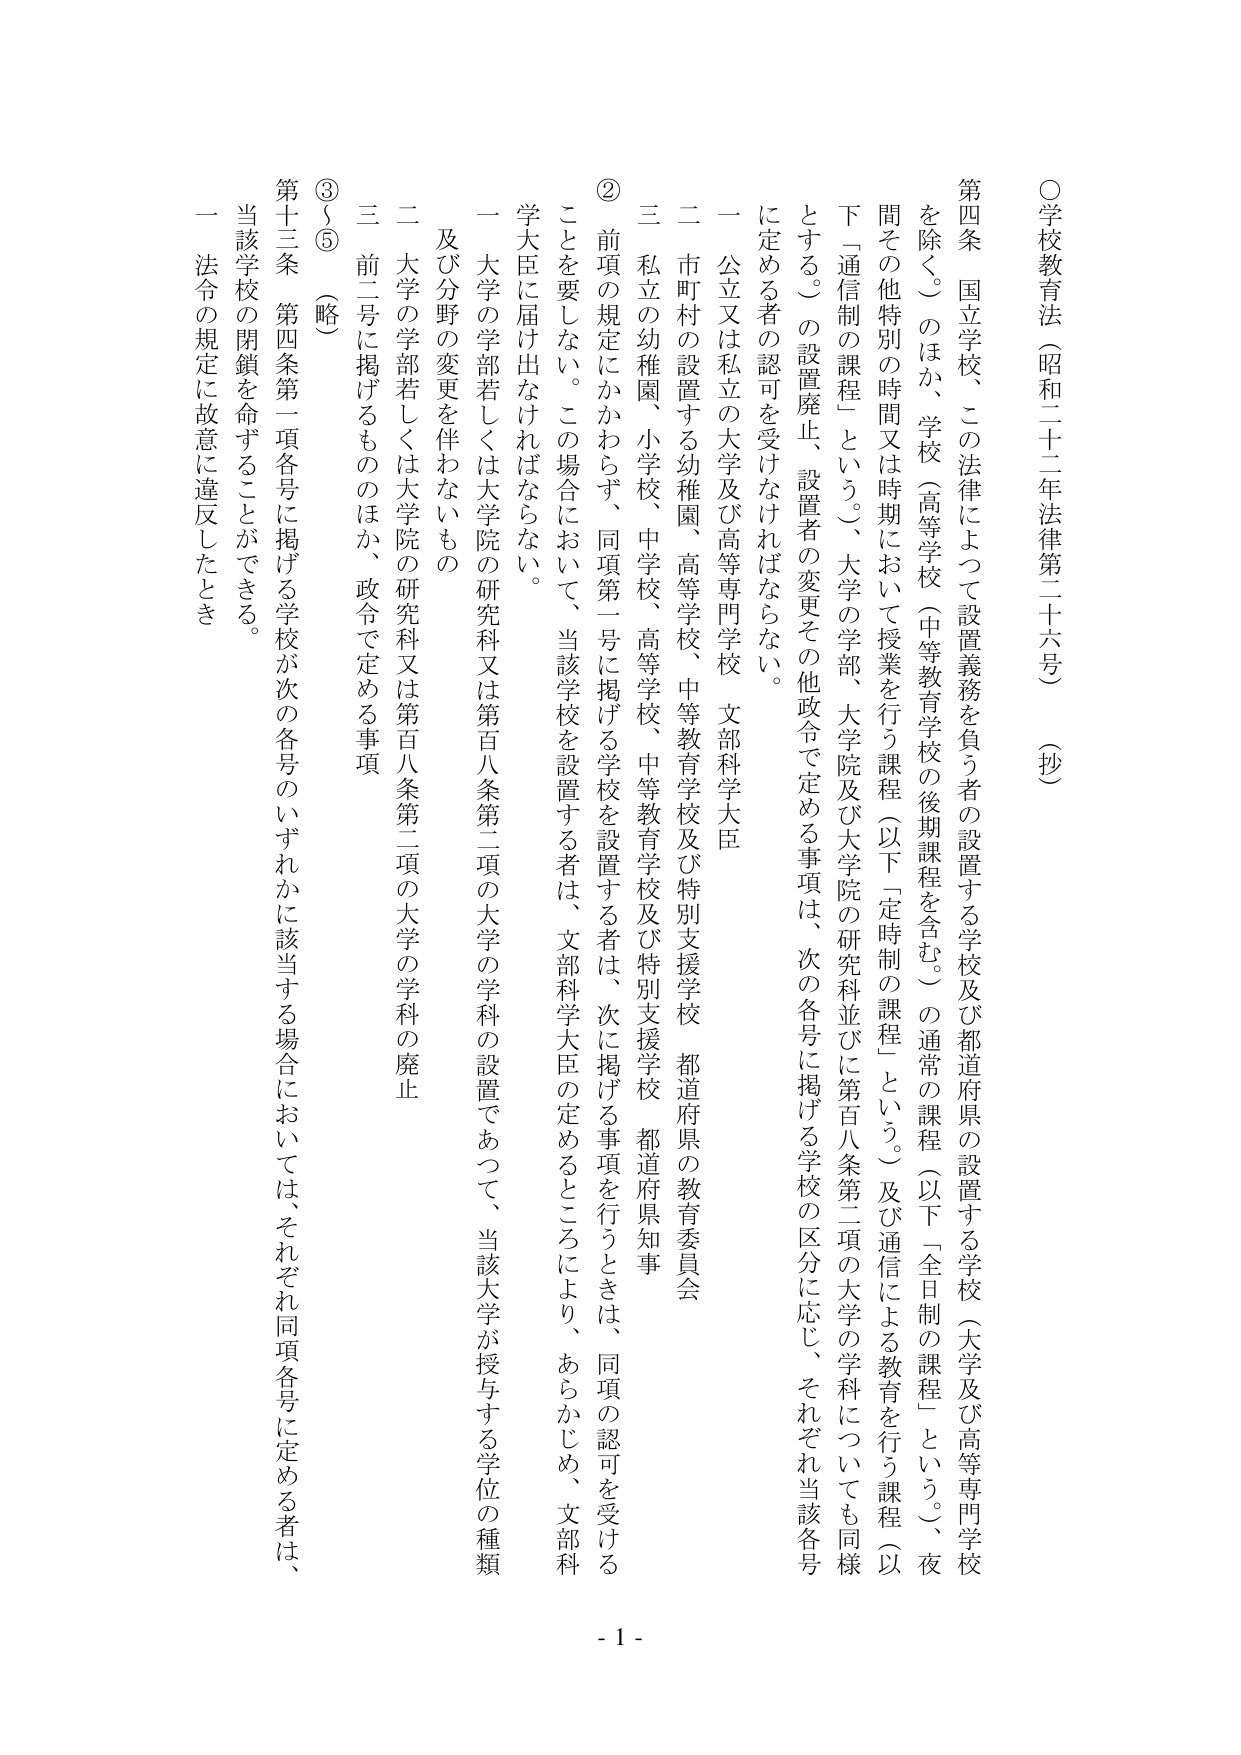
○学校教育法（昭和二十二年法律第二十六号）（抄）

第四条　国立学校、この法律によって設置義務を負う者の設置する学校及び都道府県の設置する学校（大学及び高等専門学校を除く。）のほか、学校（高等学校（中等教育学校の後期課程を含む。）の通常の課程（以下「全日制の課程」という。）、夜間その他特別の時間又は時期において授業を行う課程（以下「定時制の課程」という。）及び通信による教育を行う課程（以下「通信制の課程」という。）、大学の学部、大学院及び大学院の研究科並びに第百八条第二項の大学の学科についても同様とする。）の設置廃止、設置者の変更その他政令で定める事項は、次の各号に掲げる学校の区分に応じ、それぞれ当該各号に定める者の認可を受けなければならない。

一　公立又は私立の大学及び高等専門学校　文部科学大臣

二　市町村の設置する幼稚園、高等学校、中等教育学校及び特別支援学校　都道府県の教育委員会

三　私立の幼稚園、小学校、中学校、高等学校、中等教育学校及び特別支援学校　都道府県知事

②　前項の規定にかかわらず、同項第一号に掲げる学校を設置する者は、次に掲げる事項を行うときは、同項の認可を受けることを要しない。この場合において、当該学校を設置する者は、文部科学大臣の定めるところにより、あらかじめ、文部科学大臣に届け出なければならない。

一　大学の学部若しくは大学院の研究科又は第百八条第二項の大学の学科の設置であって、当該大学が授与する学位の種類及び分野の変更を伴わないもの

二　大学の学部若しくは大学院の研究科又は第百八条第二項の大学の学科の廃止

三　前二号に掲げるもののほか、政令で定める事項

③～⑤　（略）

第十三条　第四条第一項各号に掲げる学校が次の各号のいずれかに該当する場合においては、それぞれ同項各号に定める者は、当該学校の閉鎖を命ずることができる。

一　法令の規定に故意に違反したとき

- 1 -